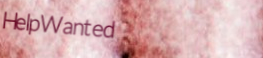
HelpWanted